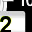
Digit: 2